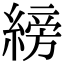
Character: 縍